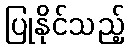
ပြုနိုင်သည့်